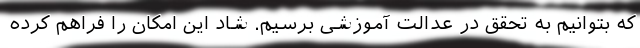
که بتوانیم به تحقق در عدالت آموزشی برسیم. شاد این امکان را فراهم کرده